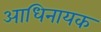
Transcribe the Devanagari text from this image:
आधिनायक